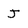
Character: J